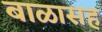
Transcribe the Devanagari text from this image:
बाळासह